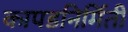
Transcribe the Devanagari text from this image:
कापडनिर्मिती